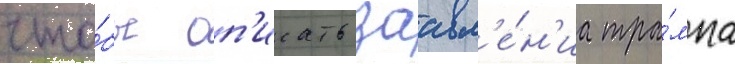
что́бы оп'исать заавл'е́н'иа тра́мпа